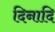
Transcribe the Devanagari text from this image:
दिनादि